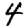
Digit: 4